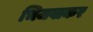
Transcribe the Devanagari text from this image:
भिजवाकर